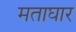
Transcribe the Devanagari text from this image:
मताघार